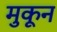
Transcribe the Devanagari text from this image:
मुकून